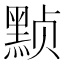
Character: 𬹕